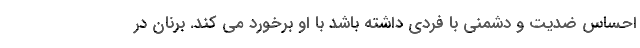
احساس ضدیت و دشمنی با فردی داشته باشد با او برخورد می کند. برنان در